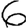
Digit: 6